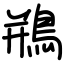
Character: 鵧